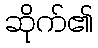
ဆိုက်၏